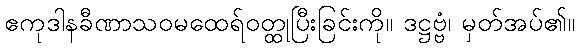
ဧကုဒါနခီဏာသဝမထေရ်ဝတ္ထုပြီးခြင်းကို။ ဒဋ္ဌဗ္ဗံ၊ မှတ်အပ်၏။